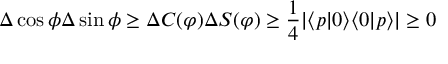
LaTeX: \Delta \cos \phi \Delta \sin \phi \geq \Delta C ( \varphi ) \Delta S ( \varphi ) \geq \frac { 1 } { 4 } | \langle p | 0 \rangle \langle 0 | p \rangle | \geq 0